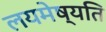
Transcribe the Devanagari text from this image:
लयमेष्यति